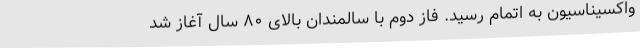
واکسیناسیون به اتمام رسید. فاز دوم با سالمندان بالای ۸۰ سال آغاز شد